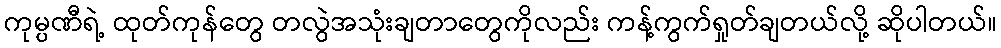
ကုမ္ပဏီရဲ့ ထုတ်ကုန်တွေ တလွဲအသုံးချတာတွေကိုလည်း ကန့်ကွက်ရှုတ်ချတယ်လို့ ဆိုပါတယ်။